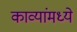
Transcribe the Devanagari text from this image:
काव्यांमध्ये